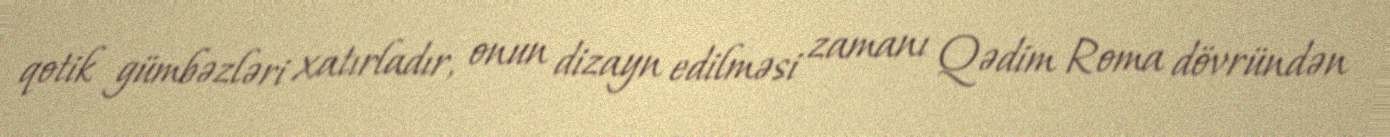
qotik gümbəzləri xatırladır, onun dizayn edilməsi zamanı Qədim Roma dövründən